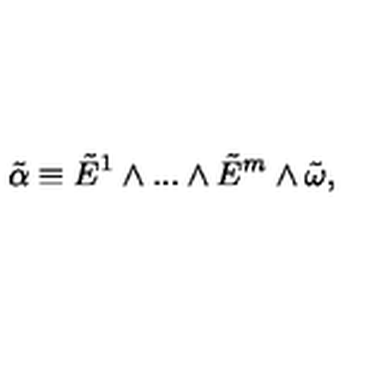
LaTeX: { \tilde { \alpha } } \equiv { \tilde { E } } ^ { 1 } \wedge . . . \wedge { \tilde { E } } ^ { m } \wedge { \tilde { \omega } } ,